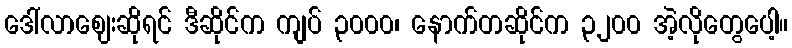
ဒေါ်လာဈေးဆိုရင် ဒီဆိုင်က ကျပ် ၃၀၀၀၊ နောက်တဆိုင်က ၃၂၀၀ အဲ့လိုတွေပေါ့။